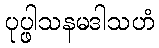
ပုပ္ဖါသနမဒါသဟံ